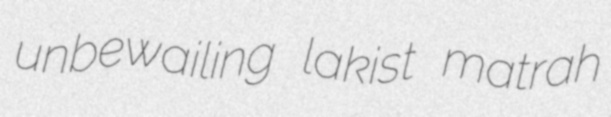
unbewailing lakist matrah